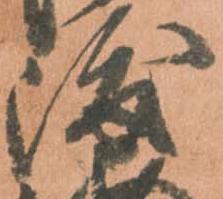
渡